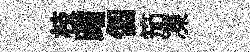
枝躇個笳凍